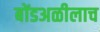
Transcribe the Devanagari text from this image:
बोंडअळीलाच